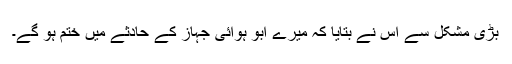
بڑی مشکل سے اس نے بتایا کہ میرے ابو ہوائی جہاز کے حادثے میں ختم ہو گے۔